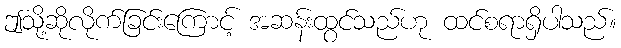
ဤသို့ဆိုလိုက်ခြင်းကြောင့် အဆန်းထွင်သည်ဟု ထင်စရာရှိပါသည်။